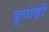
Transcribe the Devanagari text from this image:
डूयोढ़ी